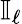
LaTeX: {\mathbb I}_{\ell}